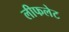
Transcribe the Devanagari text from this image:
लीफलेट